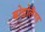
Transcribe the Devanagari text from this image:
बोडोलैण्ड